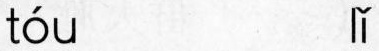
tóu lǐ